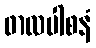
ဖာလပါစနံ